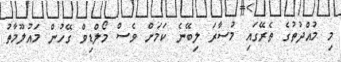
މި މުއްދުތުގެ ތެރޭގައި މުސާރަ ލިބޭނެ ކަމަށް ވެސް މޯލްޑިވް ގޭހުން މައުލޫމާތު